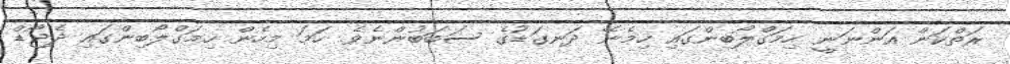
ރަތްކަން އަންނަނީ ހިމަގްލޯބިންގައި ހިމެނޭ ދަނގަޑުގެ ސަބަބުންނެވެ. ހަމަ މިހެން ހިމަގްލޯބިންގައި ދެޖޯޑް